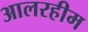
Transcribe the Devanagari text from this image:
आलरहीम